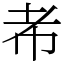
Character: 㠻